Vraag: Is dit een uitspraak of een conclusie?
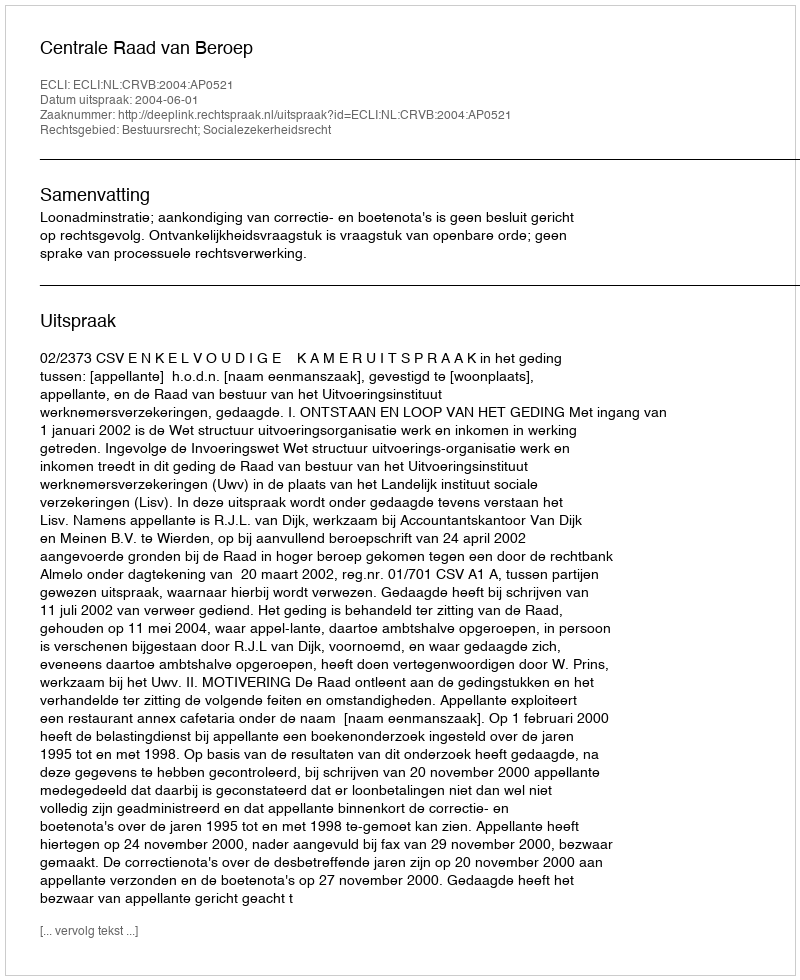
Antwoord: Uitspraak